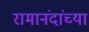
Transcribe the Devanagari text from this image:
रामानंदांच्या